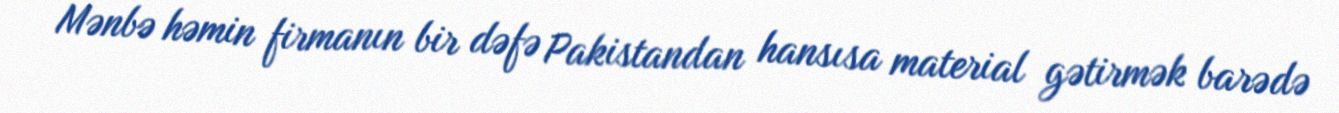
Mənbə həmin firmanın bir dəfə Pakistandan hansısa material gətirmək barədə